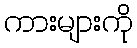
ကားများကို